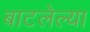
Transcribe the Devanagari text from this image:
बाटलेल्या